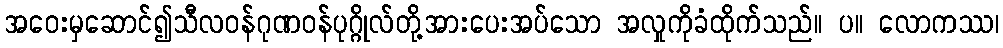
အဝေးမှဆောင်၍သီလဝန်ဂုဏဝန်ပုဂ္ဂိုလ်တို့အားပေးအပ်သော အလှုကိုခံထိုက်သည်။ ပ။ လောကဿ၊